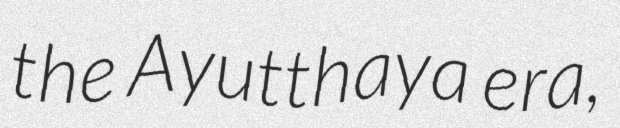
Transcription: the Ayutthaya era,